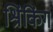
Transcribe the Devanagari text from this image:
श्रिंकिंग